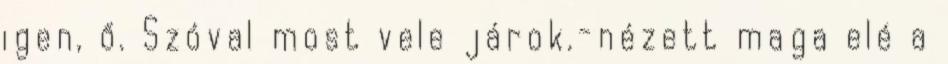
igen, ő. Szóval most vele járok.-nézett maga elé a